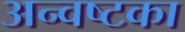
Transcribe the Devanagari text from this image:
अन्वष्टका